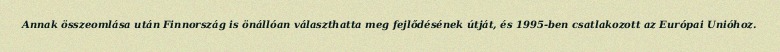
Annak összeomlása után Finnország is önállóan választhatta meg fejlődésének útját, és 1995-ben csatlakozott az Európai Unióhoz.